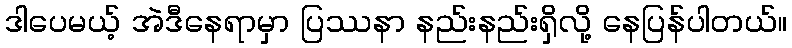
ဒါပေမယ့် အဲဒီနေရာမှာ ပြဿနာ နည်းနည်းရှိလို့ နေပြန်ပါတယ်။